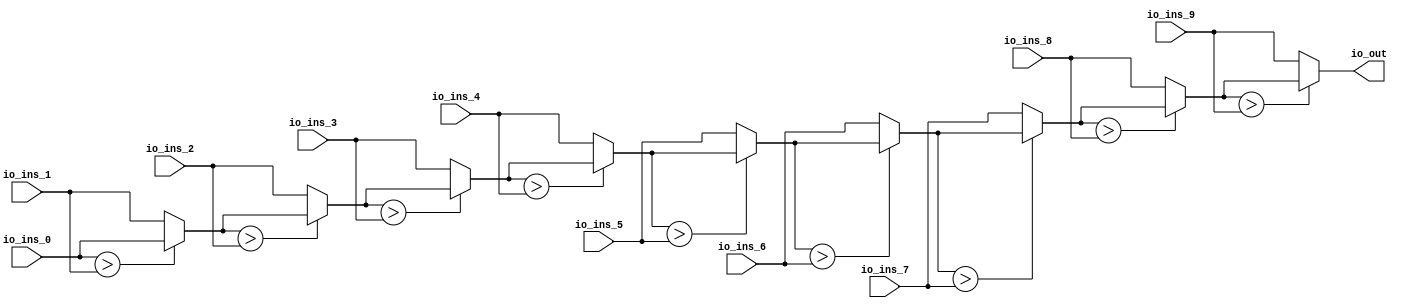
module MaxN(
  input  [15:0] io_ins_0,
  input  [15:0] io_ins_1,
  input  [15:0] io_ins_2,
  input  [15:0] io_ins_3,
  input  [15:0] io_ins_4,
  input  [15:0] io_ins_5,
  input  [15:0] io_ins_6,
  input  [15:0] io_ins_7,
  input  [15:0] io_ins_8,
  input  [15:0] io_ins_9,
  output [15:0] io_out
);
  wire [15:0] _T_7 = io_ins_0 > io_ins_1 ? io_ins_0 : io_ins_1; // @[MaxN.scala 10:43]
  wire [15:0] _T_9 = _T_7 > io_ins_2 ? _T_7 : io_ins_2; // @[MaxN.scala 10:43]
  wire [15:0] _T_11 = _T_9 > io_ins_3 ? _T_9 : io_ins_3; // @[MaxN.scala 10:43]
  wire [15:0] _T_13 = _T_11 > io_ins_4 ? _T_11 : io_ins_4; // @[MaxN.scala 10:43]
  wire [15:0] _T_15 = _T_13 > io_ins_5 ? _T_13 : io_ins_5; // @[MaxN.scala 10:43]
  wire [15:0] _T_17 = _T_15 > io_ins_6 ? _T_15 : io_ins_6; // @[MaxN.scala 10:43]
  wire [15:0] _T_19 = _T_17 > io_ins_7 ? _T_17 : io_ins_7; // @[MaxN.scala 10:43]
  wire [15:0] _T_21 = _T_19 > io_ins_8 ? _T_19 : io_ins_8; // @[MaxN.scala 10:43]
  assign io_out = _T_21 > io_ins_9 ? _T_21 : io_ins_9; // @[MaxN.scala 10:43]
endmodule
module MaxNTests(
  input   clock,
  input   reset
);
`ifdef RANDOMIZE_REG_INIT
  reg [31:0] _RAND_0;
  reg [31:0] _RAND_1;
`endif // RANDOMIZE_REG_INIT
  wire [15:0] c_io_ins_0; // @[MaxN.scala 20:33]
  wire [15:0] c_io_ins_1; // @[MaxN.scala 20:33]
  wire [15:0] c_io_ins_2; // @[MaxN.scala 20:33]
  wire [15:0] c_io_ins_3; // @[MaxN.scala 20:33]
  wire [15:0] c_io_ins_4; // @[MaxN.scala 20:33]
  wire [15:0] c_io_ins_5; // @[MaxN.scala 20:33]
  wire [15:0] c_io_ins_6; // @[MaxN.scala 20:33]
  wire [15:0] c_io_ins_7; // @[MaxN.scala 20:33]
  wire [15:0] c_io_ins_8; // @[MaxN.scala 20:33]
  wire [15:0] c_io_ins_9; // @[MaxN.scala 20:33]
  wire [15:0] c_io_out; // @[MaxN.scala 20:33]
  reg [3:0] value; // @[Counter.scala 17:33]
  reg  _T_6; // @[SteppedHWIOTester.scala 177:33]
  wire  _T_8 = ~_T_6; // @[SteppedHWIOTester.scala 179:10]
  wire [15:0] _GEN_1 = 4'h1 == value ? 16'h4e8f : 16'h6987; // @[SteppedHWIOTester.scala 129:16 SteppedHWIOTester.scala 129:16]
  wire [15:0] _GEN_2 = 4'h2 == value ? 16'haab6 : _GEN_1; // @[SteppedHWIOTester.scala 129:16 SteppedHWIOTester.scala 129:16]
  wire [15:0] _GEN_3 = 4'h3 == value ? 16'hbe94 : _GEN_2; // @[SteppedHWIOTester.scala 129:16 SteppedHWIOTester.scala 129:16]
  wire [15:0] _GEN_4 = 4'h4 == value ? 16'h1531 : _GEN_3; // @[SteppedHWIOTester.scala 129:16 SteppedHWIOTester.scala 129:16]
  wire [15:0] _GEN_5 = 4'h5 == value ? 16'hc54 : _GEN_4; // @[SteppedHWIOTester.scala 129:16 SteppedHWIOTester.scala 129:16]
  wire [15:0] _GEN_6 = 4'h6 == value ? 16'h64c : _GEN_5; // @[SteppedHWIOTester.scala 129:16 SteppedHWIOTester.scala 129:16]
  wire [15:0] _GEN_7 = 4'h7 == value ? 16'h30cc : _GEN_6; // @[SteppedHWIOTester.scala 129:16 SteppedHWIOTester.scala 129:16]
  wire [15:0] _GEN_8 = 4'h8 == value ? 16'h189c : _GEN_7; // @[SteppedHWIOTester.scala 129:16 SteppedHWIOTester.scala 129:16]
  wire [15:0] _GEN_9 = 4'h9 == value ? 16'h601d : _GEN_8; // @[SteppedHWIOTester.scala 129:16 SteppedHWIOTester.scala 129:16]
  wire [15:0] _GEN_12 = 4'h1 == value ? 16'h1074 : 16'hfc13; // @[SteppedHWIOTester.scala 129:16 SteppedHWIOTester.scala 129:16]
  wire [15:0] _GEN_13 = 4'h2 == value ? 16'hd0e1 : _GEN_12; // @[SteppedHWIOTester.scala 129:16 SteppedHWIOTester.scala 129:16]
  wire [15:0] _GEN_14 = 4'h3 == value ? 16'hb81 : _GEN_13; // @[SteppedHWIOTester.scala 129:16 SteppedHWIOTester.scala 129:16]
  wire [15:0] _GEN_15 = 4'h4 == value ? 16'h4073 : _GEN_14; // @[SteppedHWIOTester.scala 129:16 SteppedHWIOTester.scala 129:16]
  wire [15:0] _GEN_16 = 4'h5 == value ? 16'hc49d : _GEN_15; // @[SteppedHWIOTester.scala 129:16 SteppedHWIOTester.scala 129:16]
  wire [15:0] _GEN_17 = 4'h6 == value ? 16'h50f8 : _GEN_16; // @[SteppedHWIOTester.scala 129:16 SteppedHWIOTester.scala 129:16]
  wire [15:0] _GEN_18 = 4'h7 == value ? 16'h4982 : _GEN_17; // @[SteppedHWIOTester.scala 129:16 SteppedHWIOTester.scala 129:16]
  wire [15:0] _GEN_19 = 4'h8 == value ? 16'hb681 : _GEN_18; // @[SteppedHWIOTester.scala 129:16 SteppedHWIOTester.scala 129:16]
  wire [15:0] _GEN_20 = 4'h9 == value ? 16'hcd : _GEN_19; // @[SteppedHWIOTester.scala 129:16 SteppedHWIOTester.scala 129:16]
  wire [15:0] _GEN_23 = 4'h1 == value ? 16'hb8ec : 16'h86d5; // @[SteppedHWIOTester.scala 129:16 SteppedHWIOTester.scala 129:16]
  wire [15:0] _GEN_24 = 4'h2 == value ? 16'h124d : _GEN_23; // @[SteppedHWIOTester.scala 129:16 SteppedHWIOTester.scala 129:16]
  wire [15:0] _GEN_25 = 4'h3 == value ? 16'hdda1 : _GEN_24; // @[SteppedHWIOTester.scala 129:16 SteppedHWIOTester.scala 129:16]
  wire [15:0] _GEN_26 = 4'h4 == value ? 16'h279 : _GEN_25; // @[SteppedHWIOTester.scala 129:16 SteppedHWIOTester.scala 129:16]
  wire [15:0] _GEN_27 = 4'h5 == value ? 16'hc878 : _GEN_26; // @[SteppedHWIOTester.scala 129:16 SteppedHWIOTester.scala 129:16]
  wire [15:0] _GEN_28 = 4'h6 == value ? 16'hc93a : _GEN_27; // @[SteppedHWIOTester.scala 129:16 SteppedHWIOTester.scala 129:16]
  wire [15:0] _GEN_29 = 4'h7 == value ? 16'hb96b : _GEN_28; // @[SteppedHWIOTester.scala 129:16 SteppedHWIOTester.scala 129:16]
  wire [15:0] _GEN_30 = 4'h8 == value ? 16'hda52 : _GEN_29; // @[SteppedHWIOTester.scala 129:16 SteppedHWIOTester.scala 129:16]
  wire [15:0] _GEN_31 = 4'h9 == value ? 16'hc19 : _GEN_30; // @[SteppedHWIOTester.scala 129:16 SteppedHWIOTester.scala 129:16]
  wire [15:0] _GEN_34 = 4'h1 == value ? 16'h24aa : 16'h2249; // @[SteppedHWIOTester.scala 129:16 SteppedHWIOTester.scala 129:16]
  wire [15:0] _GEN_35 = 4'h2 == value ? 16'h56b9 : _GEN_34; // @[SteppedHWIOTester.scala 129:16 SteppedHWIOTester.scala 129:16]
  wire [15:0] _GEN_36 = 4'h3 == value ? 16'h2dd2 : _GEN_35; // @[SteppedHWIOTester.scala 129:16 SteppedHWIOTester.scala 129:16]
  wire [15:0] _GEN_37 = 4'h4 == value ? 16'hc574 : _GEN_36; // @[SteppedHWIOTester.scala 129:16 SteppedHWIOTester.scala 129:16]
  wire [15:0] _GEN_38 = 4'h5 == value ? 16'h3a4 : _GEN_37; // @[SteppedHWIOTester.scala 129:16 SteppedHWIOTester.scala 129:16]
  wire [15:0] _GEN_39 = 4'h6 == value ? 16'he213 : _GEN_38; // @[SteppedHWIOTester.scala 129:16 SteppedHWIOTester.scala 129:16]
  wire [15:0] _GEN_40 = 4'h7 == value ? 16'hcdec : _GEN_39; // @[SteppedHWIOTester.scala 129:16 SteppedHWIOTester.scala 129:16]
  wire [15:0] _GEN_41 = 4'h8 == value ? 16'hfdef : _GEN_40; // @[SteppedHWIOTester.scala 129:16 SteppedHWIOTester.scala 129:16]
  wire [15:0] _GEN_42 = 4'h9 == value ? 16'h773 : _GEN_41; // @[SteppedHWIOTester.scala 129:16 SteppedHWIOTester.scala 129:16]
  wire [15:0] _GEN_45 = 4'h1 == value ? 16'habcb : 16'hb9cc; // @[SteppedHWIOTester.scala 129:16 SteppedHWIOTester.scala 129:16]
  wire [15:0] _GEN_46 = 4'h2 == value ? 16'hb083 : _GEN_45; // @[SteppedHWIOTester.scala 129:16 SteppedHWIOTester.scala 129:16]
  wire [15:0] _GEN_47 = 4'h3 == value ? 16'h88aa : _GEN_46; // @[SteppedHWIOTester.scala 129:16 SteppedHWIOTester.scala 129:16]
  wire [15:0] _GEN_48 = 4'h4 == value ? 16'h6a2e : _GEN_47; // @[SteppedHWIOTester.scala 129:16 SteppedHWIOTester.scala 129:16]
  wire [15:0] _GEN_49 = 4'h5 == value ? 16'h652c : _GEN_48; // @[SteppedHWIOTester.scala 129:16 SteppedHWIOTester.scala 129:16]
  wire [15:0] _GEN_50 = 4'h6 == value ? 16'hee10 : _GEN_49; // @[SteppedHWIOTester.scala 129:16 SteppedHWIOTester.scala 129:16]
  wire [15:0] _GEN_51 = 4'h7 == value ? 16'he781 : _GEN_50; // @[SteppedHWIOTester.scala 129:16 SteppedHWIOTester.scala 129:16]
  wire [15:0] _GEN_52 = 4'h8 == value ? 16'h78b3 : _GEN_51; // @[SteppedHWIOTester.scala 129:16 SteppedHWIOTester.scala 129:16]
  wire [15:0] _GEN_53 = 4'h9 == value ? 16'hc9a8 : _GEN_52; // @[SteppedHWIOTester.scala 129:16 SteppedHWIOTester.scala 129:16]
  wire [15:0] _GEN_56 = 4'h1 == value ? 16'h125 : 16'hfa83; // @[SteppedHWIOTester.scala 129:16 SteppedHWIOTester.scala 129:16]
  wire [15:0] _GEN_57 = 4'h2 == value ? 16'hf8b7 : _GEN_56; // @[SteppedHWIOTester.scala 129:16 SteppedHWIOTester.scala 129:16]
  wire [15:0] _GEN_58 = 4'h3 == value ? 16'hdabf : _GEN_57; // @[SteppedHWIOTester.scala 129:16 SteppedHWIOTester.scala 129:16]
  wire [15:0] _GEN_59 = 4'h4 == value ? 16'h3613 : _GEN_58; // @[SteppedHWIOTester.scala 129:16 SteppedHWIOTester.scala 129:16]
  wire [15:0] _GEN_60 = 4'h5 == value ? 16'hda92 : _GEN_59; // @[SteppedHWIOTester.scala 129:16 SteppedHWIOTester.scala 129:16]
  wire [15:0] _GEN_61 = 4'h6 == value ? 16'hf64a : _GEN_60; // @[SteppedHWIOTester.scala 129:16 SteppedHWIOTester.scala 129:16]
  wire [15:0] _GEN_62 = 4'h7 == value ? 16'h764b : _GEN_61; // @[SteppedHWIOTester.scala 129:16 SteppedHWIOTester.scala 129:16]
  wire [15:0] _GEN_63 = 4'h8 == value ? 16'h5a65 : _GEN_62; // @[SteppedHWIOTester.scala 129:16 SteppedHWIOTester.scala 129:16]
  wire [15:0] _GEN_64 = 4'h9 == value ? 16'hf8d1 : _GEN_63; // @[SteppedHWIOTester.scala 129:16 SteppedHWIOTester.scala 129:16]
  wire [15:0] _GEN_67 = 4'h1 == value ? 16'h5bf2 : 16'h8bcf; // @[SteppedHWIOTester.scala 129:16 SteppedHWIOTester.scala 129:16]
  wire [15:0] _GEN_68 = 4'h2 == value ? 16'h9b40 : _GEN_67; // @[SteppedHWIOTester.scala 129:16 SteppedHWIOTester.scala 129:16]
  wire [15:0] _GEN_69 = 4'h3 == value ? 16'h4fb6 : _GEN_68; // @[SteppedHWIOTester.scala 129:16 SteppedHWIOTester.scala 129:16]
  wire [15:0] _GEN_70 = 4'h4 == value ? 16'hf2bc : _GEN_69; // @[SteppedHWIOTester.scala 129:16 SteppedHWIOTester.scala 129:16]
  wire [15:0] _GEN_71 = 4'h5 == value ? 16'h9e56 : _GEN_70; // @[SteppedHWIOTester.scala 129:16 SteppedHWIOTester.scala 129:16]
  wire [15:0] _GEN_72 = 4'h6 == value ? 16'h7a93 : _GEN_71; // @[SteppedHWIOTester.scala 129:16 SteppedHWIOTester.scala 129:16]
  wire [15:0] _GEN_73 = 4'h7 == value ? 16'ha820 : _GEN_72; // @[SteppedHWIOTester.scala 129:16 SteppedHWIOTester.scala 129:16]
  wire [15:0] _GEN_74 = 4'h8 == value ? 16'h916f : _GEN_73; // @[SteppedHWIOTester.scala 129:16 SteppedHWIOTester.scala 129:16]
  wire [15:0] _GEN_75 = 4'h9 == value ? 16'h1cd4 : _GEN_74; // @[SteppedHWIOTester.scala 129:16 SteppedHWIOTester.scala 129:16]
  wire [15:0] _GEN_78 = 4'h1 == value ? 16'hb70c : 16'he63a; // @[SteppedHWIOTester.scala 129:16 SteppedHWIOTester.scala 129:16]
  wire [15:0] _GEN_79 = 4'h2 == value ? 16'h5932 : _GEN_78; // @[SteppedHWIOTester.scala 129:16 SteppedHWIOTester.scala 129:16]
  wire [15:0] _GEN_80 = 4'h3 == value ? 16'h9cd2 : _GEN_79; // @[SteppedHWIOTester.scala 129:16 SteppedHWIOTester.scala 129:16]
  wire [15:0] _GEN_81 = 4'h4 == value ? 16'hb13a : _GEN_80; // @[SteppedHWIOTester.scala 129:16 SteppedHWIOTester.scala 129:16]
  wire [15:0] _GEN_82 = 4'h5 == value ? 16'hf201 : _GEN_81; // @[SteppedHWIOTester.scala 129:16 SteppedHWIOTester.scala 129:16]
  wire [15:0] _GEN_83 = 4'h6 == value ? 16'hfe54 : _GEN_82; // @[SteppedHWIOTester.scala 129:16 SteppedHWIOTester.scala 129:16]
  wire [15:0] _GEN_84 = 4'h7 == value ? 16'had67 : _GEN_83; // @[SteppedHWIOTester.scala 129:16 SteppedHWIOTester.scala 129:16]
  wire [15:0] _GEN_85 = 4'h8 == value ? 16'h8078 : _GEN_84; // @[SteppedHWIOTester.scala 129:16 SteppedHWIOTester.scala 129:16]
  wire [15:0] _GEN_86 = 4'h9 == value ? 16'h1255 : _GEN_85; // @[SteppedHWIOTester.scala 129:16 SteppedHWIOTester.scala 129:16]
  wire [15:0] _GEN_89 = 4'h1 == value ? 16'h7684 : 16'h1543; // @[SteppedHWIOTester.scala 129:16 SteppedHWIOTester.scala 129:16]
  wire [15:0] _GEN_90 = 4'h2 == value ? 16'hdbfe : _GEN_89; // @[SteppedHWIOTester.scala 129:16 SteppedHWIOTester.scala 129:16]
  wire [15:0] _GEN_91 = 4'h3 == value ? 16'h37b2 : _GEN_90; // @[SteppedHWIOTester.scala 129:16 SteppedHWIOTester.scala 129:16]
  wire [15:0] _GEN_92 = 4'h4 == value ? 16'hb672 : _GEN_91; // @[SteppedHWIOTester.scala 129:16 SteppedHWIOTester.scala 129:16]
  wire [15:0] _GEN_93 = 4'h5 == value ? 16'h64ea : _GEN_92; // @[SteppedHWIOTester.scala 129:16 SteppedHWIOTester.scala 129:16]
  wire [15:0] _GEN_94 = 4'h6 == value ? 16'h2b98 : _GEN_93; // @[SteppedHWIOTester.scala 129:16 SteppedHWIOTester.scala 129:16]
  wire [15:0] _GEN_95 = 4'h7 == value ? 16'h7101 : _GEN_94; // @[SteppedHWIOTester.scala 129:16 SteppedHWIOTester.scala 129:16]
  wire [15:0] _GEN_96 = 4'h8 == value ? 16'hf822 : _GEN_95; // @[SteppedHWIOTester.scala 129:16 SteppedHWIOTester.scala 129:16]
  wire [15:0] _GEN_97 = 4'h9 == value ? 16'h7bd1 : _GEN_96; // @[SteppedHWIOTester.scala 129:16 SteppedHWIOTester.scala 129:16]
  wire [15:0] _GEN_100 = 4'h1 == value ? 16'h4635 : 16'h2f9d; // @[SteppedHWIOTester.scala 129:16 SteppedHWIOTester.scala 129:16]
  wire [15:0] _GEN_101 = 4'h2 == value ? 16'heeaf : _GEN_100; // @[SteppedHWIOTester.scala 129:16 SteppedHWIOTester.scala 129:16]
  wire [15:0] _GEN_102 = 4'h3 == value ? 16'h3412 : _GEN_101; // @[SteppedHWIOTester.scala 129:16 SteppedHWIOTester.scala 129:16]
  wire [15:0] _GEN_103 = 4'h4 == value ? 16'hb09f : _GEN_102; // @[SteppedHWIOTester.scala 129:16 SteppedHWIOTester.scala 129:16]
  wire [15:0] _GEN_104 = 4'h5 == value ? 16'h9c95 : _GEN_103; // @[SteppedHWIOTester.scala 129:16 SteppedHWIOTester.scala 129:16]
  wire [15:0] _GEN_105 = 4'h6 == value ? 16'h24cc : _GEN_104; // @[SteppedHWIOTester.scala 129:16 SteppedHWIOTester.scala 129:16]
  wire [15:0] _GEN_106 = 4'h7 == value ? 16'h5210 : _GEN_105; // @[SteppedHWIOTester.scala 129:16 SteppedHWIOTester.scala 129:16]
  wire [15:0] _GEN_107 = 4'h8 == value ? 16'h90c3 : _GEN_106; // @[SteppedHWIOTester.scala 129:16 SteppedHWIOTester.scala 129:16]
  wire [15:0] _GEN_108 = 4'h9 == value ? 16'h234 : _GEN_107; // @[SteppedHWIOTester.scala 129:16 SteppedHWIOTester.scala 129:16]
  wire  _GEN_120 = 4'ha == value ? 1'h0 : 1'h1; // @[SteppedHWIOTester.scala 144:51 SteppedHWIOTester.scala 144:51]
  wire [15:0] _GEN_122 = 4'h1 == value ? 16'hb8ec : 16'hfc13; // @[SteppedHWIOTester.scala 145:31 SteppedHWIOTester.scala 145:31]
  wire [15:0] _GEN_123 = 4'h2 == value ? 16'hf8b7 : _GEN_122; // @[SteppedHWIOTester.scala 145:31 SteppedHWIOTester.scala 145:31]
  wire [15:0] _GEN_124 = 4'h3 == value ? 16'hdda1 : _GEN_123; // @[SteppedHWIOTester.scala 145:31 SteppedHWIOTester.scala 145:31]
  wire [15:0] _GEN_125 = 4'h4 == value ? 16'hf2bc : _GEN_124; // @[SteppedHWIOTester.scala 145:31 SteppedHWIOTester.scala 145:31]
  wire [15:0] _GEN_126 = 4'h5 == value ? 16'hf201 : _GEN_125; // @[SteppedHWIOTester.scala 145:31 SteppedHWIOTester.scala 145:31]
  wire [15:0] _GEN_127 = 4'h6 == value ? 16'hfe54 : _GEN_126; // @[SteppedHWIOTester.scala 145:31 SteppedHWIOTester.scala 145:31]
  wire [15:0] _GEN_128 = 4'h7 == value ? 16'he781 : _GEN_127; // @[SteppedHWIOTester.scala 145:31 SteppedHWIOTester.scala 145:31]
  wire [15:0] _GEN_129 = 4'h8 == value ? 16'hfdef : _GEN_128; // @[SteppedHWIOTester.scala 145:31 SteppedHWIOTester.scala 145:31]
  wire [15:0] _GEN_130 = 4'h9 == value ? 16'hf8d1 : _GEN_129; // @[SteppedHWIOTester.scala 145:31 SteppedHWIOTester.scala 145:31]
  wire [15:0] _GEN_131 = 4'ha == value ? 16'h0 : _GEN_130; // @[SteppedHWIOTester.scala 145:31 SteppedHWIOTester.scala 145:31]
  wire  _T_380 = ~(c_io_out == _GEN_131); // @[SteppedHWIOTester.scala 145:72]
  wire  _T_383 = ~reset; // @[SteppedHWIOTester.scala 151:15]
  wire  _T_391 = value == 4'ha; // @[Counter.scala 25:24]
  wire [3:0] _T_394 = value + 4'h1; // @[Counter.scala 26:22]
  wire  _GEN_133 = _T_391 | _T_6; // @[SteppedHWIOTester.scala 183:22 SteppedHWIOTester.scala 185:14 SteppedHWIOTester.scala 177:33]
  wire  _GEN_147 = _T_8 & _GEN_120 & _T_380; // @[SteppedHWIOTester.scala 151:15]
  wire  _GEN_154 = _T_8 & _T_391; // @[SteppedHWIOTester.scala 184:15]
  MaxN c ( // @[MaxN.scala 20:33]
    .io_ins_0(c_io_ins_0),
    .io_ins_1(c_io_ins_1),
    .io_ins_2(c_io_ins_2),
    .io_ins_3(c_io_ins_3),
    .io_ins_4(c_io_ins_4),
    .io_ins_5(c_io_ins_5),
    .io_ins_6(c_io_ins_6),
    .io_ins_7(c_io_ins_7),
    .io_ins_8(c_io_ins_8),
    .io_ins_9(c_io_ins_9),
    .io_out(c_io_out)
  );
  assign c_io_ins_0 = 4'ha == value ? 16'h601d : _GEN_9; // @[SteppedHWIOTester.scala 129:16 SteppedHWIOTester.scala 129:16]
  assign c_io_ins_1 = 4'ha == value ? 16'hc19 : _GEN_31; // @[SteppedHWIOTester.scala 129:16 SteppedHWIOTester.scala 129:16]
  assign c_io_ins_2 = 4'ha == value ? 16'hc9a8 : _GEN_53; // @[SteppedHWIOTester.scala 129:16 SteppedHWIOTester.scala 129:16]
  assign c_io_ins_3 = 4'ha == value ? 16'h1255 : _GEN_86; // @[SteppedHWIOTester.scala 129:16 SteppedHWIOTester.scala 129:16]
  assign c_io_ins_4 = 4'ha == value ? 16'hcd : _GEN_20; // @[SteppedHWIOTester.scala 129:16 SteppedHWIOTester.scala 129:16]
  assign c_io_ins_5 = 4'ha == value ? 16'h773 : _GEN_42; // @[SteppedHWIOTester.scala 129:16 SteppedHWIOTester.scala 129:16]
  assign c_io_ins_6 = 4'ha == value ? 16'h1cd4 : _GEN_75; // @[SteppedHWIOTester.scala 129:16 SteppedHWIOTester.scala 129:16]
  assign c_io_ins_7 = 4'ha == value ? 16'h7bd1 : _GEN_97; // @[SteppedHWIOTester.scala 129:16 SteppedHWIOTester.scala 129:16]
  assign c_io_ins_8 = 4'ha == value ? 16'h234 : _GEN_108; // @[SteppedHWIOTester.scala 129:16 SteppedHWIOTester.scala 129:16]
  assign c_io_ins_9 = 4'ha == value ? 16'hf8d1 : _GEN_64; // @[SteppedHWIOTester.scala 129:16 SteppedHWIOTester.scala 129:16]
  always @(posedge clock) begin
    if (reset) begin // @[Counter.scala 17:33]
      value <= 4'h0; // @[Counter.scala 17:33]
    end else if (~_T_6) begin // @[SteppedHWIOTester.scala 179:17]
      if (_T_391) begin // @[Counter.scala 28:21]
        value <= 4'h0; // @[Counter.scala 28:29]
      end else begin
        value <= _T_394; // @[Counter.scala 26:13]
      end
    end
    if (reset) begin // @[SteppedHWIOTester.scala 177:33]
      _T_6 <= 1'h0; // @[SteppedHWIOTester.scala 177:33]
    end else if (~_T_6) begin // @[SteppedHWIOTester.scala 179:17]
      _T_6 <= _GEN_133;
    end
    `ifndef SYNTHESIS
    `ifdef PRINTF_COND
      if (`PRINTF_COND) begin
    `endif
        if (_T_8 & _GEN_120 & _T_380 & ~reset) begin
          $fwrite(32'h80000002,"    failed on step %d -- port out:  %d expected %d\n",value,c_io_out,_GEN_131); // @[SteppedHWIOTester.scala 151:15]
        end
    `ifdef PRINTF_COND
      end
    `endif
    `endif // SYNTHESIS
    `ifndef SYNTHESIS
    `ifdef PRINTF_COND
      if (`PRINTF_COND) begin
    `endif
        if (_GEN_147 & _T_383) begin
          $fwrite(32'h80000002,"Assertion failed\n    at SteppedHWIOTester.scala:158 assert(false.B)\n"); // @[SteppedHWIOTester.scala 158:15]
        end
    `ifdef PRINTF_COND
      end
    `endif
    `endif // SYNTHESIS
    `ifndef SYNTHESIS
    `ifdef STOP_COND
      if (`STOP_COND) begin
    `endif
        if (_GEN_147 & _T_383) begin
          $fatal; // @[SteppedHWIOTester.scala 158:15]
        end
    `ifdef STOP_COND
      end
    `endif
    `endif // SYNTHESIS
    `ifndef SYNTHESIS
    `ifdef STOP_COND
      if (`STOP_COND) begin
    `endif
        if (_GEN_147 & _T_383) begin
          $finish; // @[SteppedHWIOTester.scala 159:13]
        end
    `ifdef STOP_COND
      end
    `endif
    `endif // SYNTHESIS
    `ifndef SYNTHESIS
    `ifdef PRINTF_COND
      if (`PRINTF_COND) begin
    `endif
        if (_T_8 & _T_391 & _T_383) begin
          $fwrite(32'h80000002,"Stopping, end of tests, 11 steps\n"); // @[SteppedHWIOTester.scala 184:15]
        end
    `ifdef PRINTF_COND
      end
    `endif
    `endif // SYNTHESIS
    `ifndef SYNTHESIS
    `ifdef STOP_COND
      if (`STOP_COND) begin
    `endif
        if (_GEN_154 & _T_383) begin
          $finish; // @[SteppedHWIOTester.scala 186:13]
        end
    `ifdef STOP_COND
      end
    `endif
    `endif // SYNTHESIS
  end
// Register and memory initialization
`ifdef RANDOMIZE_GARBAGE_ASSIGN
`define RANDOMIZE
`endif
`ifdef RANDOMIZE_INVALID_ASSIGN
`define RANDOMIZE
`endif
`ifdef RANDOMIZE_REG_INIT
`define RANDOMIZE
`endif
`ifdef RANDOMIZE_MEM_INIT
`define RANDOMIZE
`endif
`ifndef RANDOM
`define RANDOM $random
`endif
`ifdef RANDOMIZE_MEM_INIT
  integer initvar;
`endif
`ifndef SYNTHESIS
`ifdef FIRRTL_BEFORE_INITIAL
`FIRRTL_BEFORE_INITIAL
`endif
initial begin
  `ifdef RANDOMIZE
    `ifdef INIT_RANDOM
      `INIT_RANDOM
    `endif
    `ifndef VERILATOR
      `ifdef RANDOMIZE_DELAY
        #`RANDOMIZE_DELAY begin end
      `else
        #0.002 begin end
      `endif
    `endif
`ifdef RANDOMIZE_REG_INIT
  _RAND_0 = {1{`RANDOM}};
  value = _RAND_0[3:0];
  _RAND_1 = {1{`RANDOM}};
  _T_6 = _RAND_1[0:0];
`endif // RANDOMIZE_REG_INIT
  `endif // RANDOMIZE
end // initial
`ifdef FIRRTL_AFTER_INITIAL
`FIRRTL_AFTER_INITIAL
`endif
`endif // SYNTHESIS
endmodule